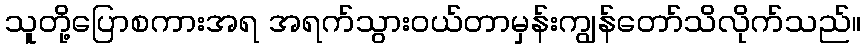
သူတို့ပြောစကားအရ အရက်သွားဝယ်တာမှန်းကျွန်တော်သိလိုက်သည်။